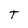
Character: T